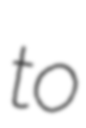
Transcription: to